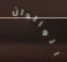
الوالدان